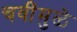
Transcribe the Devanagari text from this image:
चवींमुळे